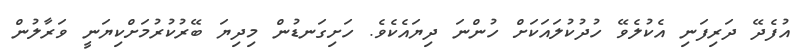
އުފެދޭ ދަރިފަނި އެކުލެވޭ ހުދުކުލައަކަށް ހުންނަ ދިޔައެކެވެ. ހަށިގަނޑުން މިދިޔަ ބޭރުކުރުމަށްކިޔަނީ ވަރާލުން